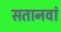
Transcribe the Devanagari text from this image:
सतानवां